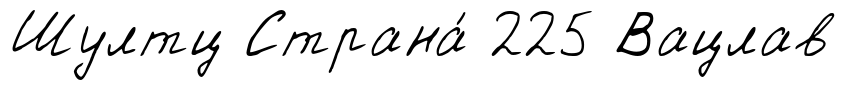
Шултц Страна́ 225 Вацлав